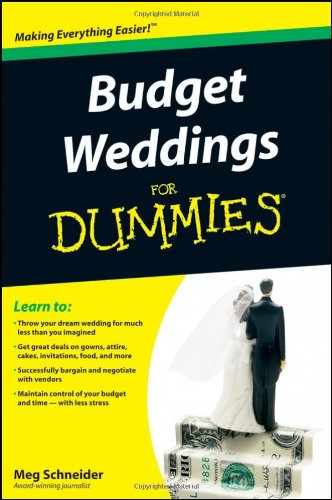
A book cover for Budget Weddings For Dummies; Meg Schneider; Crafts, Hobbies & Home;